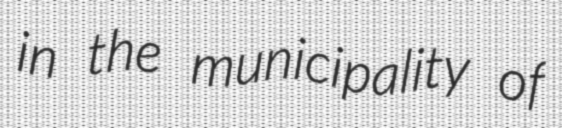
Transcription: in the municipality of